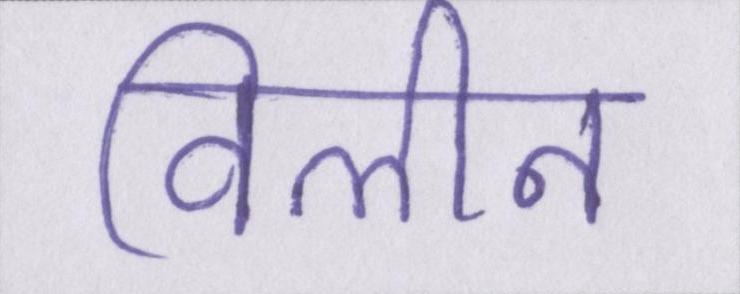
विलीन